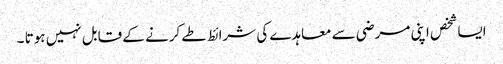
ایسا شخص اپنی مرضی سے معاہدے کی شرائط طے کرنے کے قابل نہیں ہوتا ۔